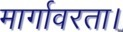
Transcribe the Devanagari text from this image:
मार्गावरता।